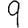
Digit: 9